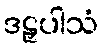
ဒဠှပါသံ